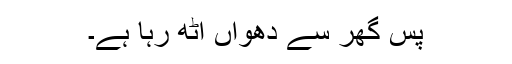
پس گھر سے دھواں اٹھ رہا ہے۔